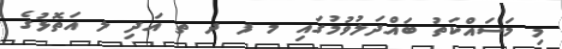
މި މަސައްކަތު ބައްދަލުވުމުގައި މ ފ ދ ތ އަދި ލ އަތޮޅުގެ